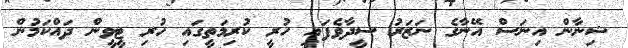
ޝިނާން އިނަސް އޭނާގެ ނަޒަރު ސީދާވެފައި ހުރީ ކުރިމަތީގައި ހުރި ޓީވީން ދައްކަމުން